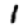
Digit: 1